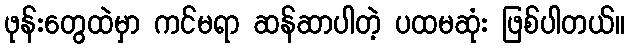
ဖုန်းတွေထဲမှာ ကင်မရာ ဆန်ဆာပါတဲ့ ပထမဆုံး ဖြစ်ပါတယ်။